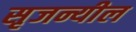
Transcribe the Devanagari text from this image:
सृजन्यील